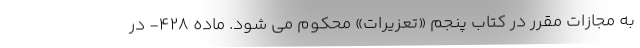
به مجازات مقرر در کتاب پنجم «تعزیرات» محکوم می شود. ماده ۴۲۸- در